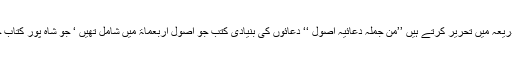
اس حوالہ سے محقق بزرگ طہرانی اپنی کتاب الذریعہ میں تحریر کرتے ہیں ’’من جملہ دعائیہ اصول ‘‘ دعائوں کی بنیادی کتب جو اصول اربعماۃ میں شامل تھیں ‘ جو شاہ پور کتاب خانہ میں یا خاص عناوین کے تحت موجود تھے ۔